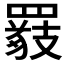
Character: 𦌖